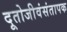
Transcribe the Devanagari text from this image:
दूतोजीवंसंतापक